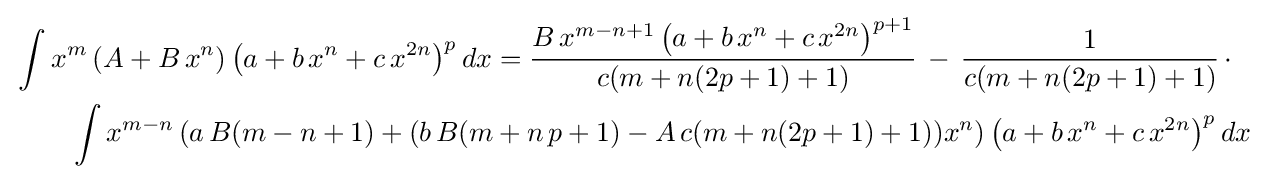
{\begin{aligned}&\int x^{m}\left(A+B\,x^{n}\right)\left(a+b\,x^{n}+c\,x^{2n}\right)^{p}dx={\frac {B\,x^{m-n+1}\left(a+b\,x^{n}+c\,x^{2n}\right)^{p+1}}{c(m+n(2p+1)+1)}}\,-\,{\frac {1}{c(m+n(2p+1)+1)}}\,\cdot \\&\qquad \int x^{m-n}\left(a\,B(m-n+1)+(b\,B(m+n\,p+1)-A\,c(m+n(2p+1)+1))x^{n}\right)\left(a+b\,x^{n}+c\,x^{2n}\right)^{p}dx\end{aligned}}